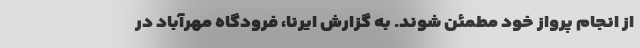
از انجام پرواز خود مطمئن شوند. به گزارش ایرنا، فرودگاه مهرآباد در